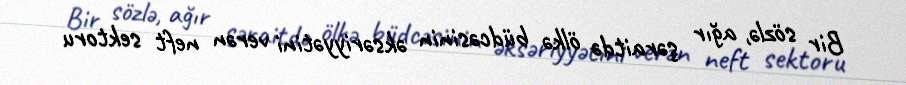
Bir sözlə, ağır şəraitdə ölkə büdcəsinin əksəriyyətini verən neft sektoru